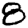
Digit: 8